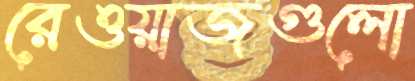
রেওয়াজগুলো